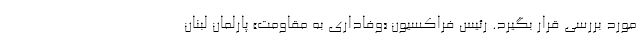
مورد بررسی قرار بگیرد. رئیس فراکسیون «وفاداری به مقاومت» پارلمان لبنان